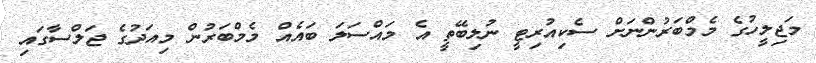
މަޖިލީހުގެ މެމްބަރުންނަށް ސެކިއުރިޓީ ނުލިބޭތީ އެ މައްސަލަ ބައެއް މެމްބަރުން މިއަދުގެ ޖަލްސާގައި